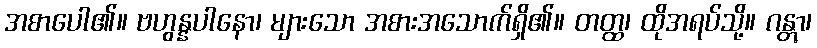
အစာပေါ၏။ ဗဟွန္နပါနော၊ များသော အစားအသောက်ရှိ၏။ တတ္ထ၊ ထိုအရပ်သို့။ ဂန္တွာ၊